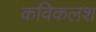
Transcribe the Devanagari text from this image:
कविकलश